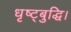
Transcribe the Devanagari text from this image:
धृष्ट्बुद्धि।